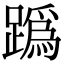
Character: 𨅌